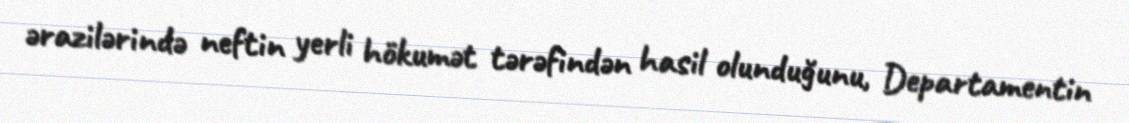
ərazilərində neftin yerli hökumət tərəfindən hasil olunduğunu, Departamentin